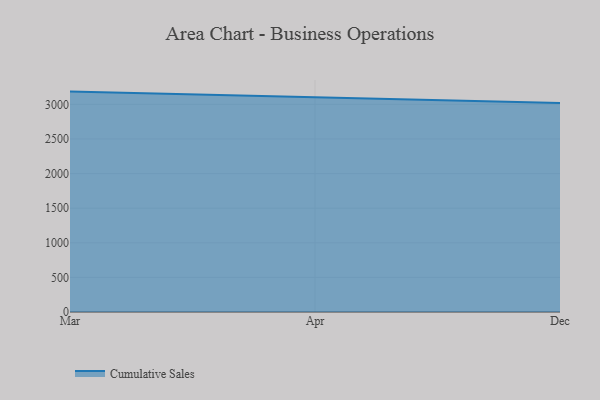
{"axis": {"x": "Month", "y": "Bounce Rate (%)"}, "legend": ["Cumulative Sales"], "data": [{"x": "Mar", "y": 3184.3, "type": "Cumulative Sales"}, {"x": "Apr", "y": 3101.6, "type": "Cumulative Sales"}, {"x": "Dec", "y": 3018.5, "type": "Cumulative Sales"}]}